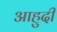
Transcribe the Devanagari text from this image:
आहुदी